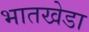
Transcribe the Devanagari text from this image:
भातखेडा